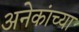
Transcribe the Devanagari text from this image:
अनेकांच्‍या